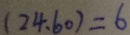
( 2 4 . 6 0 ) = 6